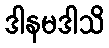
ဒါနမဒါသိ